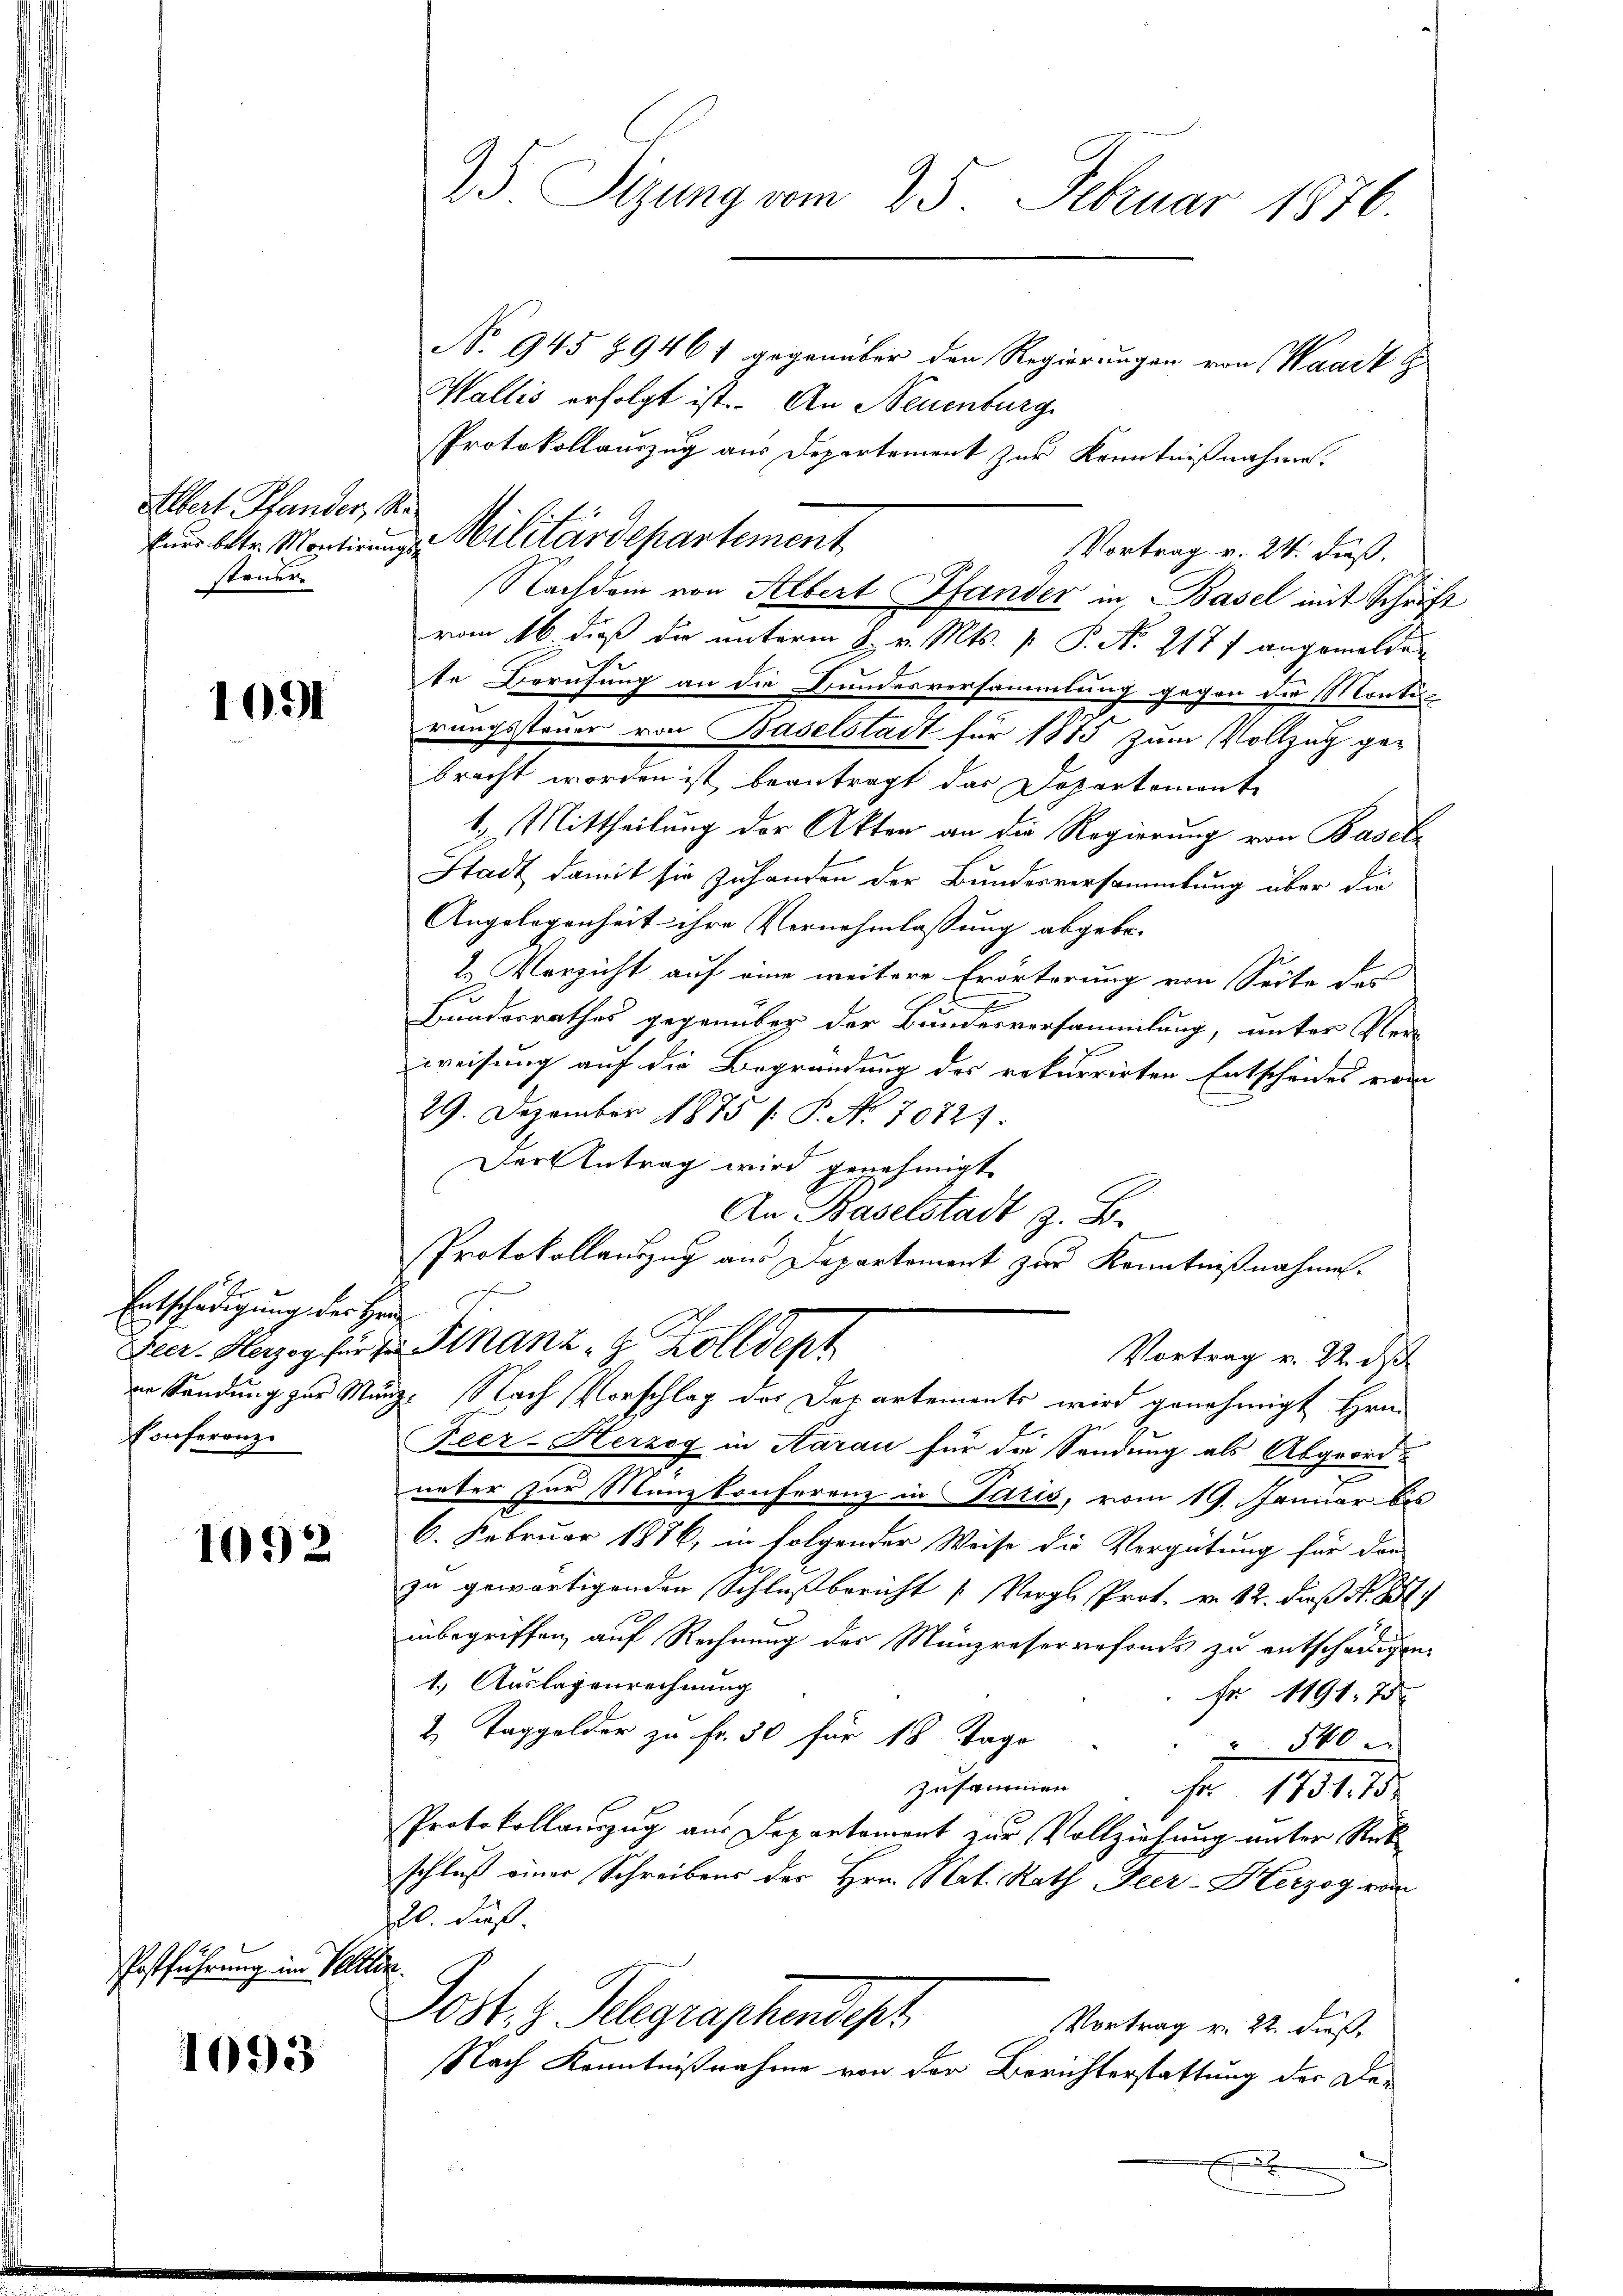
Albert Stander, Re
steuer

1091

e
Entschädigung der Herr
Conferenz

1092

Postführung im Selle

1093

2.) Sizung vom 25. Februar 1876.

No. 945 § 9461 gegenüber den Regierungen von Waadt h
Wallis erfolgt ist. An Neuenburg
Protokollauszug aus Departement zur Kenntnißnahme.
Eier betr. Montirungen Militärdepartement
Vortrag v. 24. dieß.
vom 16. dieß die unterm 8. v. Mts. p. P. Nr. 2177 angemeldete Berufung an die Bundesversammlung gegen die Monte-
rungssteuer von Baselstadt für 1885 zum Vollzug gebracht worden ist beantragt das Departemente
1. Mittheilung der Akten an die Regierung von Baseln
Stadt damit sie zuhanden der Bundesversammlung über die
Angelegenheit ihre Vernehmlassung abgebe.
2. Verzicht auf eine weitere Erörterung von Seite der
f
Bundesrathes gegenüber der Bundesversammlung, unter Verweisung auf die Begründung des rekurrirten Entscheides vom
29. Dezember 1875 /: P. No. 7072
Der Antrag wird genehmigt.
An Baselstadt z. B.
Protokollauszug aus Departement zur Kenntnißnahmen.
Feer. Herzog für zu Stanz, 9 Zolldept
Vortrag v. 22. d
in Sendung zur Munz. Nach Vorschlag des Departements wird genehmigt Hrn.
Feer-Herzog in Aarau für die Sendung als Abgeordunter zur Manzkonferenz in Paris, vom 19. Januar bis
6. Februar 1886, in folgender Weise die Vergütung für der
zu gewärtigenden Schlußbericht [Vergl. Prot. v. 12. dieß N. St
inbegriffen, auf Rechnung des Münzreservefonds zu entschädigen
1.) Auslagenrechnung
fr. 1191. 75.
2 Taggelder zu Fr. 50 für 18 Tage
 540.
zusammen. Fr. 1731. 752
Protokollauszug aus Departement zur Vollziehung unter Steck
schluß einer Schreibens des Hrn. Nat. Rath Feer-Herzog vom
20. Fuß.
.
Post, z. Telegraphendest
Vortrag v. 22. dieß,
Nach Kenntnißnahme von der Berichterstattung der Dex

Nachdem von Albert Pfander in Basel mit Schrift